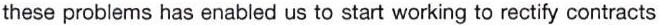
these problems has enabled us to start working to rectify contracts